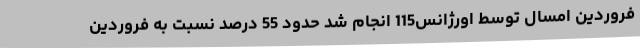
فروردین امسال توسط اورژانس115 انجام شد حدود 55 درصد نسبت به فروردین